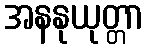
အနနုယုတ္တာ